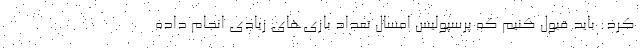
کرد: باید قبول کنیم که پرسپولیس امسال تعداد بازی‌های زیادی انجام داده